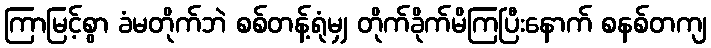
ကြာမြင့်စွာ ခံမတိုက်ဘဲ စစ်တန့်ရုံမျှ တိုက်ခိုက်မိကြပြီးနောက် စနစ်တကျ